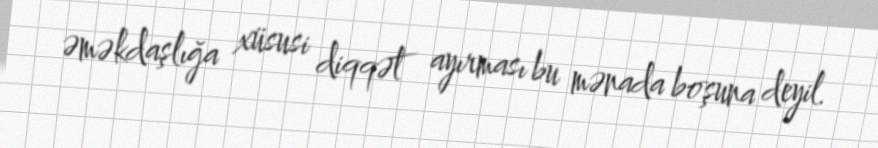
əməkdaşlığa xüsusi diqqət ayırması bu mənada boşuna deyil.